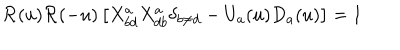
{ \cal R } ( u ) { \cal R } ( - u ) \left[ X _ { b d } ^ { a } X _ { d b } ^ { a } \delta _ { b \neq d } - U _ { a } ( u ) D _ { a } ( u ) \right] = 1